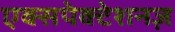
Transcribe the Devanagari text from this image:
एक्सपेक्टेशनज़